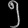
Digit: ၅